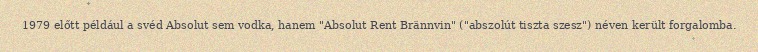
1979 előtt például a svéd Absolut sem vodka, hanem "Absolut Rent Brännvin" ("abszolút tiszta szesz") néven került forgalomba.